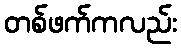
တစ်ဖက်ကလည်း